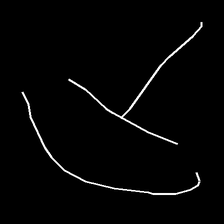
Glyph: dispersion